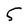
Character: 5